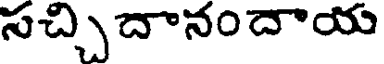
సచ్చిదానందాయ